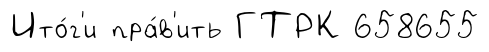
Ито́г'и пра́в'ить ГТРК 658655